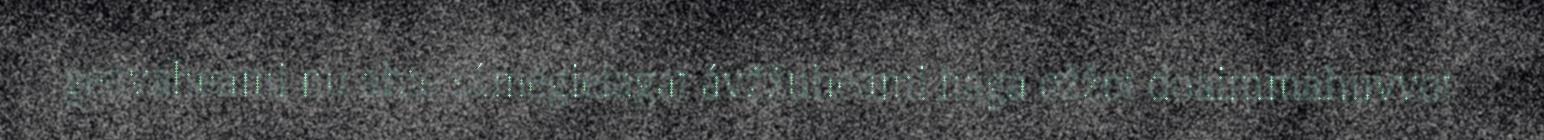
geavaheami nu ahte sámegielagat ávžžuheami haga ožžot doaimmahuvvot